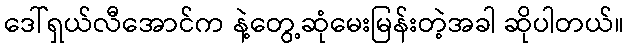
ဒေါ်ရှယ်လီအောင်က နဲ့တွေ့ဆုံမေးမြန်းတဲ့အခါ ဆိုပါတယ်။